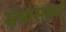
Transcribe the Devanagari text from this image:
संत्रासमय